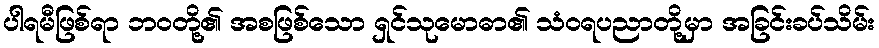
ပါရမီဖြစ်ရာ ဘဝတို့၏ အစဖြစ်သော ရှင်သုမောဓာ၏ သံဝရပညာတို့မှာ အခြင်းခပ်သိမ်း